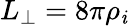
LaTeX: L_{\perp}=8\pi\rho_{\mathit{i}}